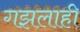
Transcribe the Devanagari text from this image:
गझलाही